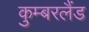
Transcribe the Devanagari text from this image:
कुम्बरलैंड